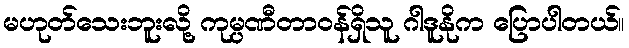
မဟုတ်သေးဘူးလို့ ကုမ္ပဏီတာဝန်ရှိသူ ဂါဒူနိုက ပြောပါတယ်။